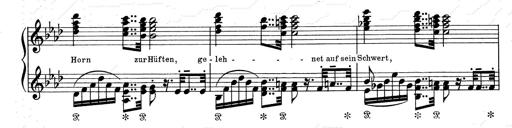
Title: Aus Lohengrin
Composer: Franz Liszt